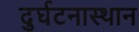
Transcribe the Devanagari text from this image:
दुर्घटनास्थान